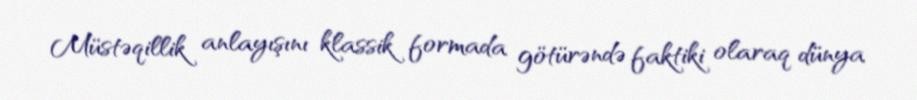
Müstəqillik anlayışını klassik formada götürəndə faktiki olaraq dünya